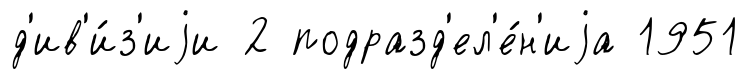
д'ив'и́з'иjи 2 подразд'ел'е́н'иjа 1951